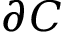
\partial C